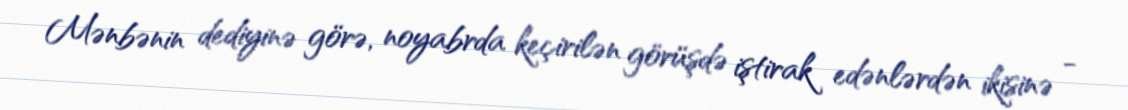
Mənbənin dediyinə görə, noyabrda keçirilən görüşdə iştirak edənlərdən ikisinə -